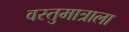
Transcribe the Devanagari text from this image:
वस्तुमात्राला